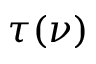
\tau ( \nu )